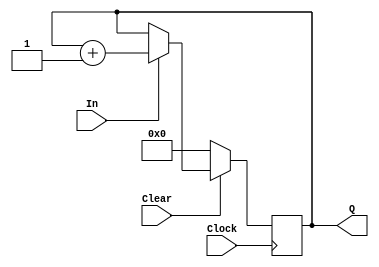
// Module Name:    Four_Bit_Up_Counter 

module Four_Bit_Up_Counter(In,Clear,Clock,Q);
	input In,Clear,Clock;
	output reg [3:0] Q;
	always @(posedge Clock)
	begin
		if(Clear == 1'b0)
			Q <= 4'b0;
		else
		begin
			if(In == 1'b0)
				Q <= Q;
			else
				Q <= Q + 4'b0001;
		end
	end
endmodule